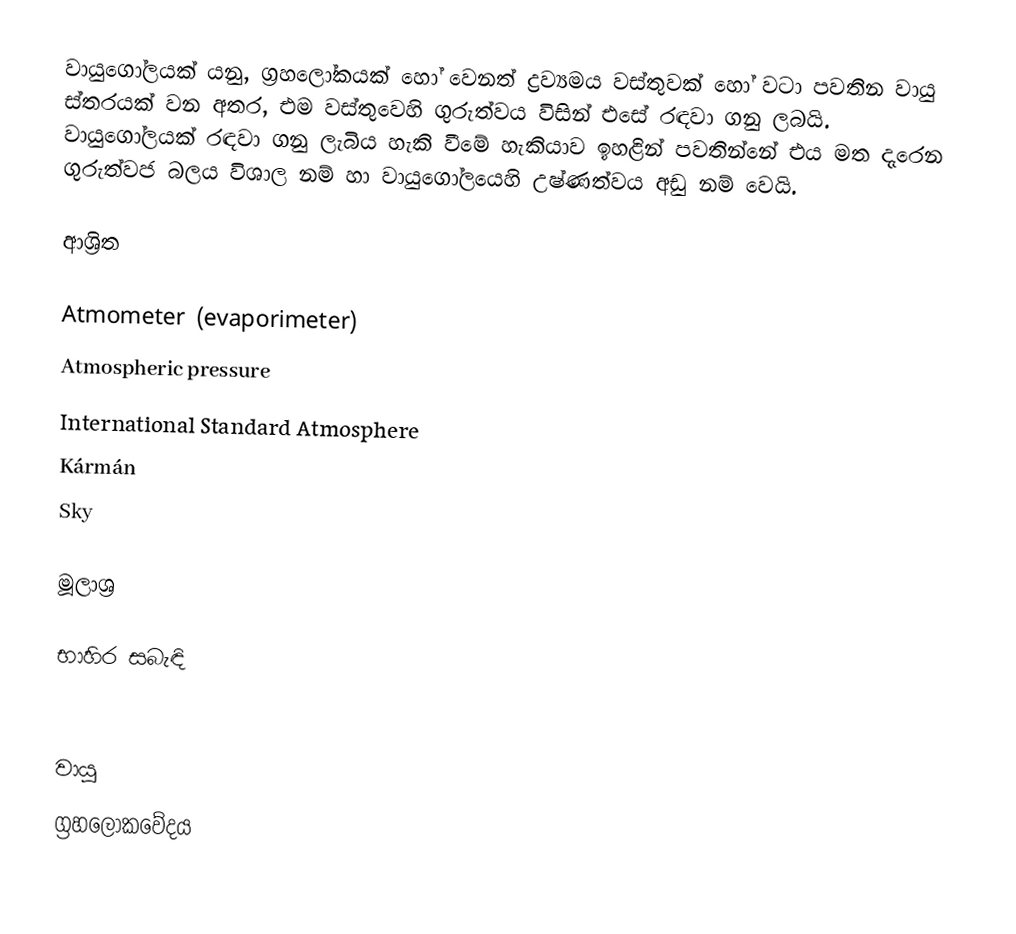
වායුගෝලයක් යනු,  ග්‍රහලෝකයක් හෝ වෙනත් ද්‍රව්‍යමය වස්තුවක් හෝ වටා පවතින වායු ස්තරයක් වන අතර,  එම වස්තුවෙහි ගුරුත්වය විසින් එසේ රඳවා ගනු ලබයි. වායුගෝලයක් රඳවා ගනු ලැබිය හැකි වීමේ හැකියාව ඉහළින් පවතින්නේ  එය මත දැරෙන ගුරුත්වජ බලය විශාල නම් හා වායුගෝලයෙහි උෂ්ණත්වය අඩු නම් වෙයි.

ආශ්‍රිත

 Atmometer (evaporimeter)
 Atmospheric pressure
 International Standard Atmosphere
 Kármán
 Sky

මූලාශ්‍ර

භාහිර සබැඳි

වායු
ග්‍රහලෝකවේදය